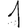
Digit: 1